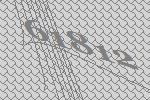
61812